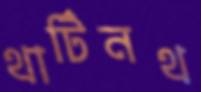
থার্টিনথ